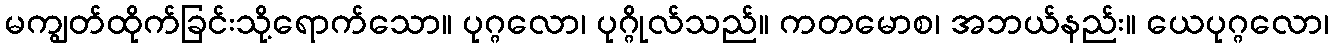
မကျွတ်ထိုက်ခြင်းသို့ရောက်သော။ ပုဂ္ဂလော၊ ပုဂ္ဂိုလ်သည်။ ကတမောစ၊ အဘယ်နည်း။ ယေပုဂ္ဂလော၊